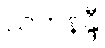
သဟနန္ဒီ